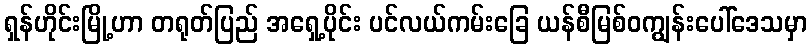
ရှန်ဟိုင်းမြို့ဟာ တရုတ်ပြည် အရှေ့ပိုင်း ပင်လယ်ကမ်းခြေ ယန်စီမြစ်ဝကျွန်းပေါ်ဒေသမှာ